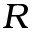
R